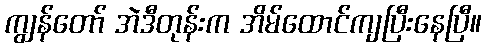
ကျွန်တော် အဲဒီတုန်းက အိမ်ထောင်ကျပြီးနေပြီ။